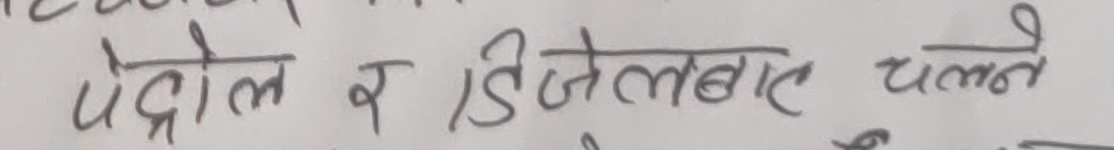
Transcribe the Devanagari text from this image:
पेट्रोल र डिजेलबाट चल्ने